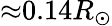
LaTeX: {\approx}0.14R_{\odot}